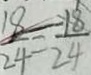
\frac { 1 8 } { 2 4 } = \frac { 1 8 } { 2 4 }